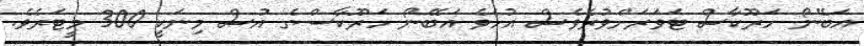
އަބޭނޯ ހަރޫކާސް ޓަވަރަށްވުރެވެސް އުހެވެ އަބޭނޯ ހަރޫކާސްގެ އުސް މިނަކީ 300 މީޓަރެވެ.